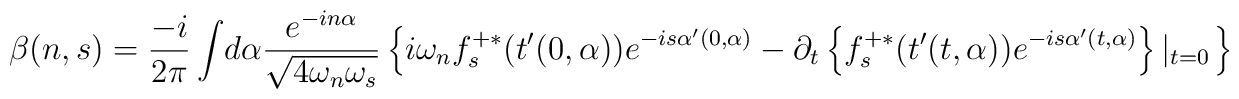
\beta(n,s)=\frac{-i}{2\pi}\int\! d\alpha\frac{e^{-in\alpha}}{\sqrt{4\omega_n\omega_s}}\left\{ i\omega_n f_s^{+\ast}(t'(0,\alpha))e^{-is\alpha'(0,\alpha)}-\partial_t\left\{f_s^{+ \ast}(t'(t,\alpha))e^{-is\alpha'(t,\alpha)} \right\}\left|_{t=0}\right.\right\}